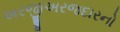
અરજીઅરજદારનો